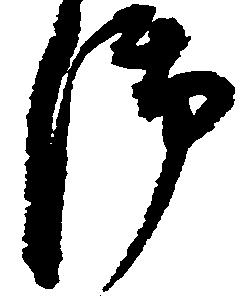
御